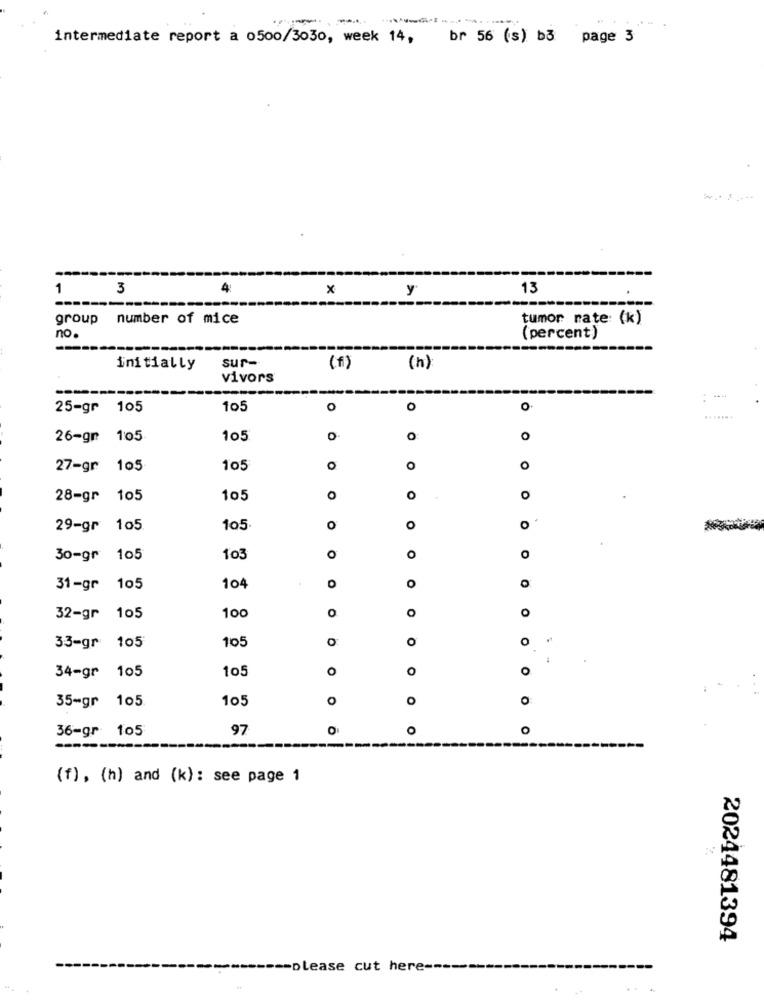
intermediate report a 0500/3030, week 14, br 56 (s) bő page 3
1
3
4
x
y
13
group number of mice
tumor rate: (k)
no.
(percent)
-
-----
sur-
initially
(f)
(h)
vivors
25-gr 105
105
o
O
O
26-gr 105
105
0
O
0
27-gr 105
105
o
O
o
28-gr 105
105
0
O
29-gr 105
105
O
o
O
O
30-gr 105
103
O
O
O
31-gr 105
104
100
O
O
32-gr
105
O
105
O
O
33-gr 105
105
O
O
o
34-gr 105
35-gr 105.
105
0
O
36-gr 105
97
O
O
o
(f), (h) and (k): see page 1
2024481394
-======= please cut here ---------
..